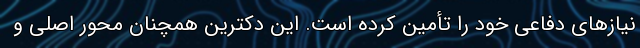
نیازهای دفاعی خود را تأمین کرده است. این دکترین همچنان محور اصلی و